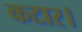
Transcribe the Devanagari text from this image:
कटार।